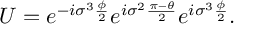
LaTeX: U = e ^ { - i { \sigma } ^ { 3 } \frac { \phi } { 2 } } e ^ { i { \sigma } ^ { 2 } \frac { \pi - \theta } { 2 } } e ^ { i { \sigma } ^ { 3 } \frac { \phi } { 2 } } .